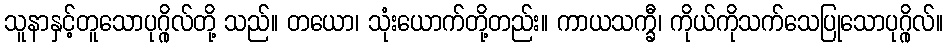
သူနာနှင့်တူသောပုဂ္ဂိုလ်တို့ သည်။ တယော၊ သုံးယောက်တို့တည်း။ ကာယသက္ခီ၊ ကိုယ်ကိုသက်သေပြုသောပုဂ္ဂိုလ်။